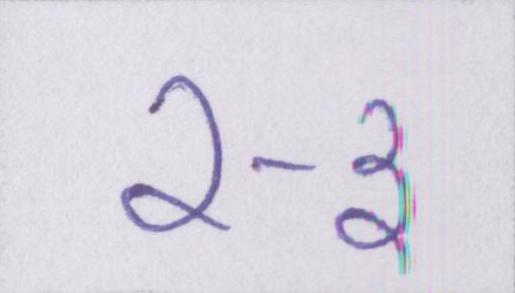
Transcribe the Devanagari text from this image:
२-३